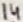
Text: 14